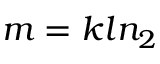
m = k l n _ { 2 }